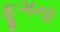
ફૂગના